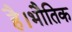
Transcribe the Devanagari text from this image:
है।भौतिक